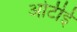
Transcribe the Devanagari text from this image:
ओटीई